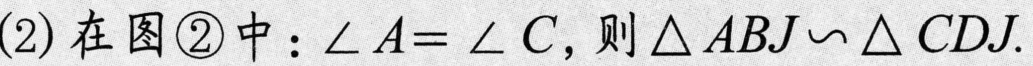
(2) 在图\textcircled{2}中：\(\angle A=\angle C\)，则\(\triangle ABJ\backsim\triangle CDJ\).